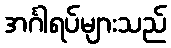
အင်္ဂါရပ်များသည်